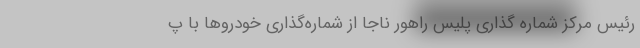
رئیس مرکز شماره گذاری پلیس راهور ناجا از شماره‌گذاری خودروها با پ